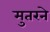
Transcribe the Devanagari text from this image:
मुतरने